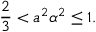
\frac 2 3 < a ^ { 2 } \alpha ^ { 2 } \leq 1 .